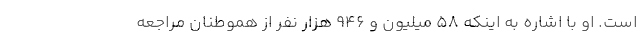
است. او با اشاره به اینکه ۵۸ میلیون و ۹۴۶ هزار نفر از هموطنان مراجعه